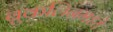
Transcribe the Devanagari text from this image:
ब्रुकलिनमध्ये